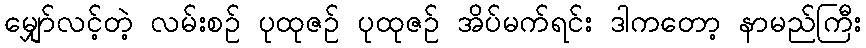
မျှော်လင့်တဲ့ လမ်းစဉ် ပုထုဇဉ် ပုထုဇဉ် အိပ်မက်ရင်း ဒါကတော့ နာမည်ကြီး